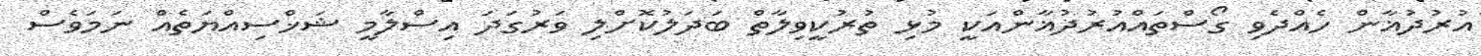
އުރުދުޣާން ހެއްދެވި ގޯސްތައްއުރުދުޣާންއަކީ މުޅި ތުރުކީވިލާތް ބަދަލުކޮށްލި ވަރުގަދަ އިސްލާމީ ޝަޚްސިއްޔަތެއް ނަމަވެސް